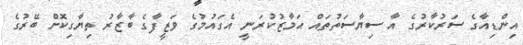
އިންޑިއާގެ ސަރުކާރުގެ އާ ސިޔާސަތުތައް އަމާޒުކުރަނީ އެގައުމުގެ ވަޒީފާގެ ބާޒާރު ތިޔާގިކޮށް ބޭރުގެ